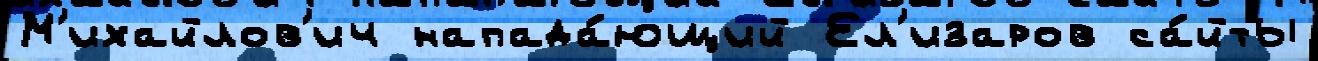
М'ихайлов'ич напада́ющий Ел'изаров са́йты